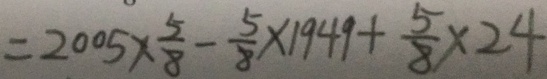
= 2 0 0 5 \times \frac { 5 } { 8 } - \frac { 5 } { 8 } \times 1 9 4 9 + \frac { 5 } { 8 } \times 2 4